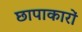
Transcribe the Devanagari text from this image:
छापाकारों